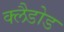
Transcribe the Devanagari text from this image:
क्लैडोड